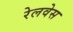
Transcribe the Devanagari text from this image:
रेलवेस